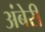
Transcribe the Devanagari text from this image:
अंबेरी